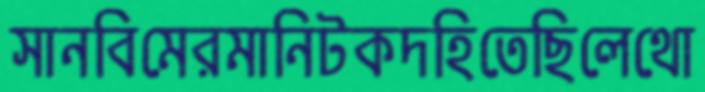
সানবিমেরমানিটকদহিতেছিলেথো